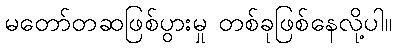
မတော်တဆဖြစ်ပွားမှု တစ်ခုဖြစ်နေလို့ပါ။